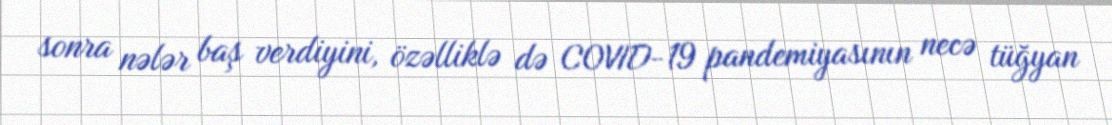
sonra nələr baş verdiyini, özəlliklə də COVID-19 pandemiyasının necə tüğyan